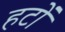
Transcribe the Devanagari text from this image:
हटों